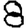
Digit: 8